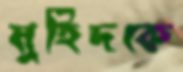
মুহিদকে